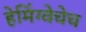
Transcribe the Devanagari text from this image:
हेमिंग्वेचेच